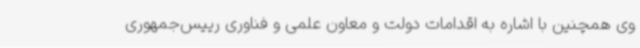
وی همچنین با اشاره به اقدامات دولت و معاون علمی و فناوری رییس‌جمهوری